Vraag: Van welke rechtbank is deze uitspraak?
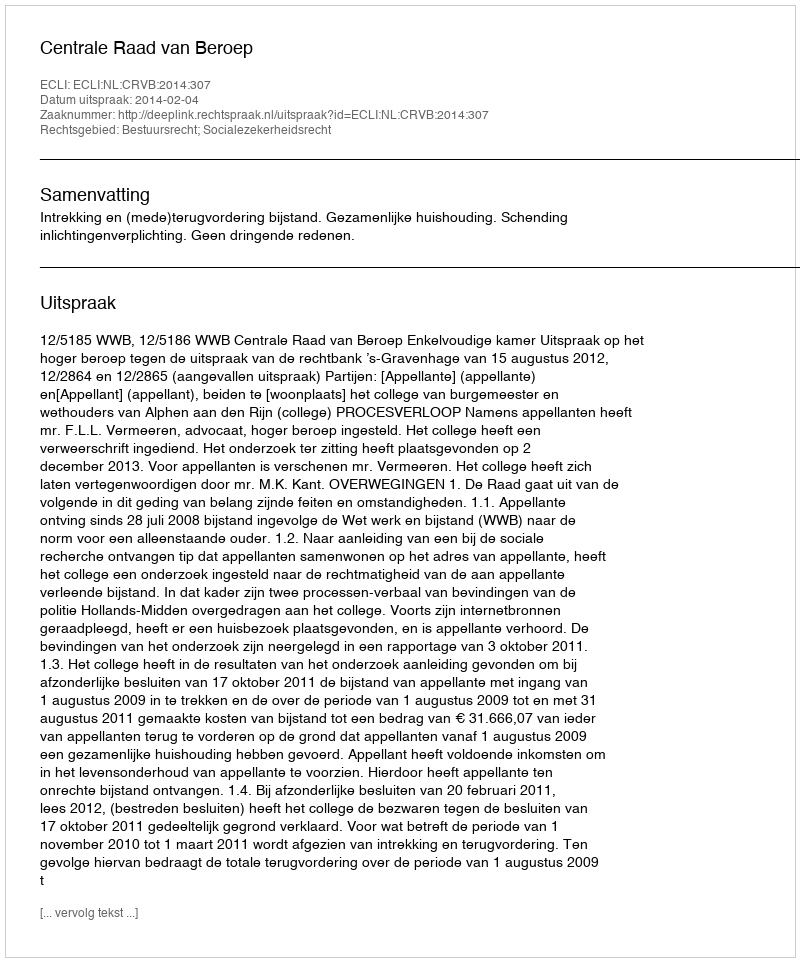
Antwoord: Centrale Raad van Beroep